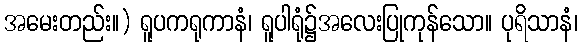
အမေးတည်း။) ရူပကရုကာနံ၊ ရူပါရုံ၌အလေးပြုကုန်သော။ ပုရိသာနံ၊